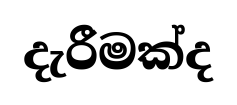
දැරීමක්ද